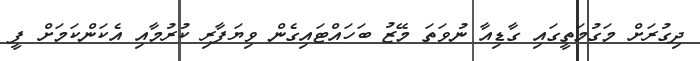
ދިގުރަށް މަގުމަތީގައި ގާޑިއާ ނުވަތަ މޭޒު ބަހައްޓައިގެން ވިޔަފާރި ކުރުމާއި އެކަންކަމަށް ފީ